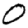
Digit: 0